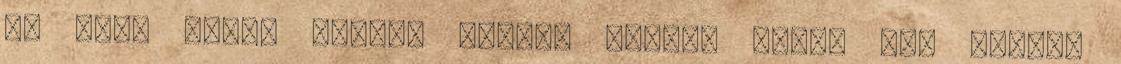
Mi lesz velem január x.-ig? vmikor akkor tér vissza